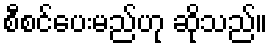
စီစင်ပေးမည်ဟု ဆိုသည်။